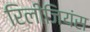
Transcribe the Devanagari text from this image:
रिलीजियंस